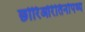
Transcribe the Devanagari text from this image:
छोरिओरेतिनोपथ्य